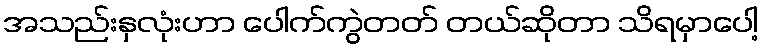
အသည်းနှလုံးဟာ ပေါက်ကွဲတတ် တယ်ဆိုတာ သိရမှာပေါ့